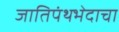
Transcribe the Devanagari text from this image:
जातिपंथभेदाचा